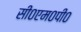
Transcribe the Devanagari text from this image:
सी०एम०पी०